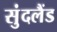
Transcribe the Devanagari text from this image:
सुंदलैंड